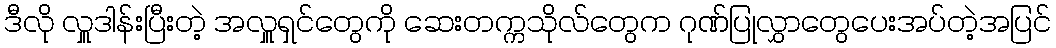
ဒီလို လှူဒါန်းပြီးတဲ့ အလှူရှင်တွေကို ဆေးတက္ကသိုလ်တွေက ဂုဏ်ပြုလွှာတွေပေးအပ်တဲ့အပြင်